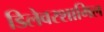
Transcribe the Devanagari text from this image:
डिलेवरशामिल